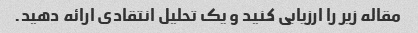
مقاله زیر را ارزیابی کنید و یک تحلیل انتقادی ارائه دهید.